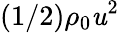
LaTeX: (1/2)\rho_{0}\mathit{u}^{2}